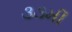
૩૩મી